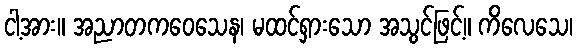
ငါ့အား။ အညာတကဝေသေန၊ မထင်ရှားသော အသွင်ဖြင့်။ ကိလေသေ၊